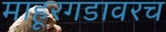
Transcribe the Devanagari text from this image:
माहूरगडावरच